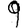
Digit: 9